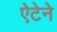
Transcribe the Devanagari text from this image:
ऐटेने